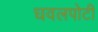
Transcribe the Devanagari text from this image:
धवलपोटी